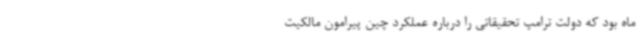
ماه بود که دولت ترامپ تحقیقاتی را درباره عملکرد چین پیرامون مالکیت